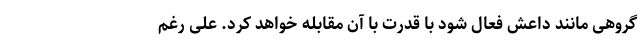
گروهی مانند داعش فعال شود با قدرت با آن مقابله خواهد کرد. علی رغم